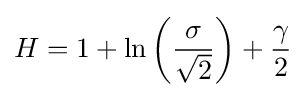
H=1+\ln \left({\frac {\sigma }{\sqrt {2}}}\right)+{\frac {\gamma }{2}}